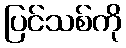
ပြင်သစ်ကို